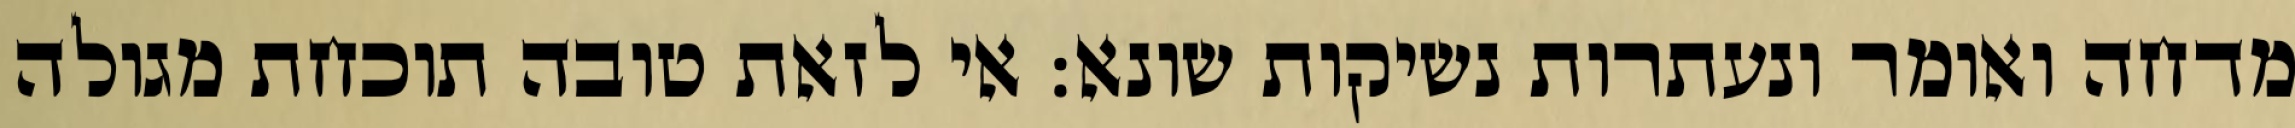
מדחה ואומר ונעתרות נשיקות שונא: אי לזאת טובה תוכחת מגולה